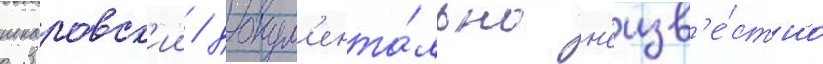
шкаровск'ии / докум'ента́льно н'еизв'е́стно